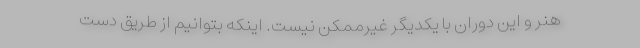
هنر و این دوران با یکدیگر غیرممکن نیست. اینکه بتوانیم از طریق دست